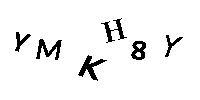
YMKH8Y